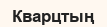
Кварцтың